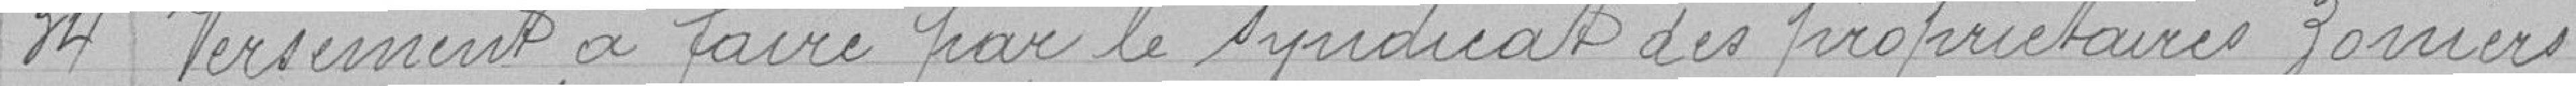
34 - Versement à faire par le syndicat des propriétaires zoniers